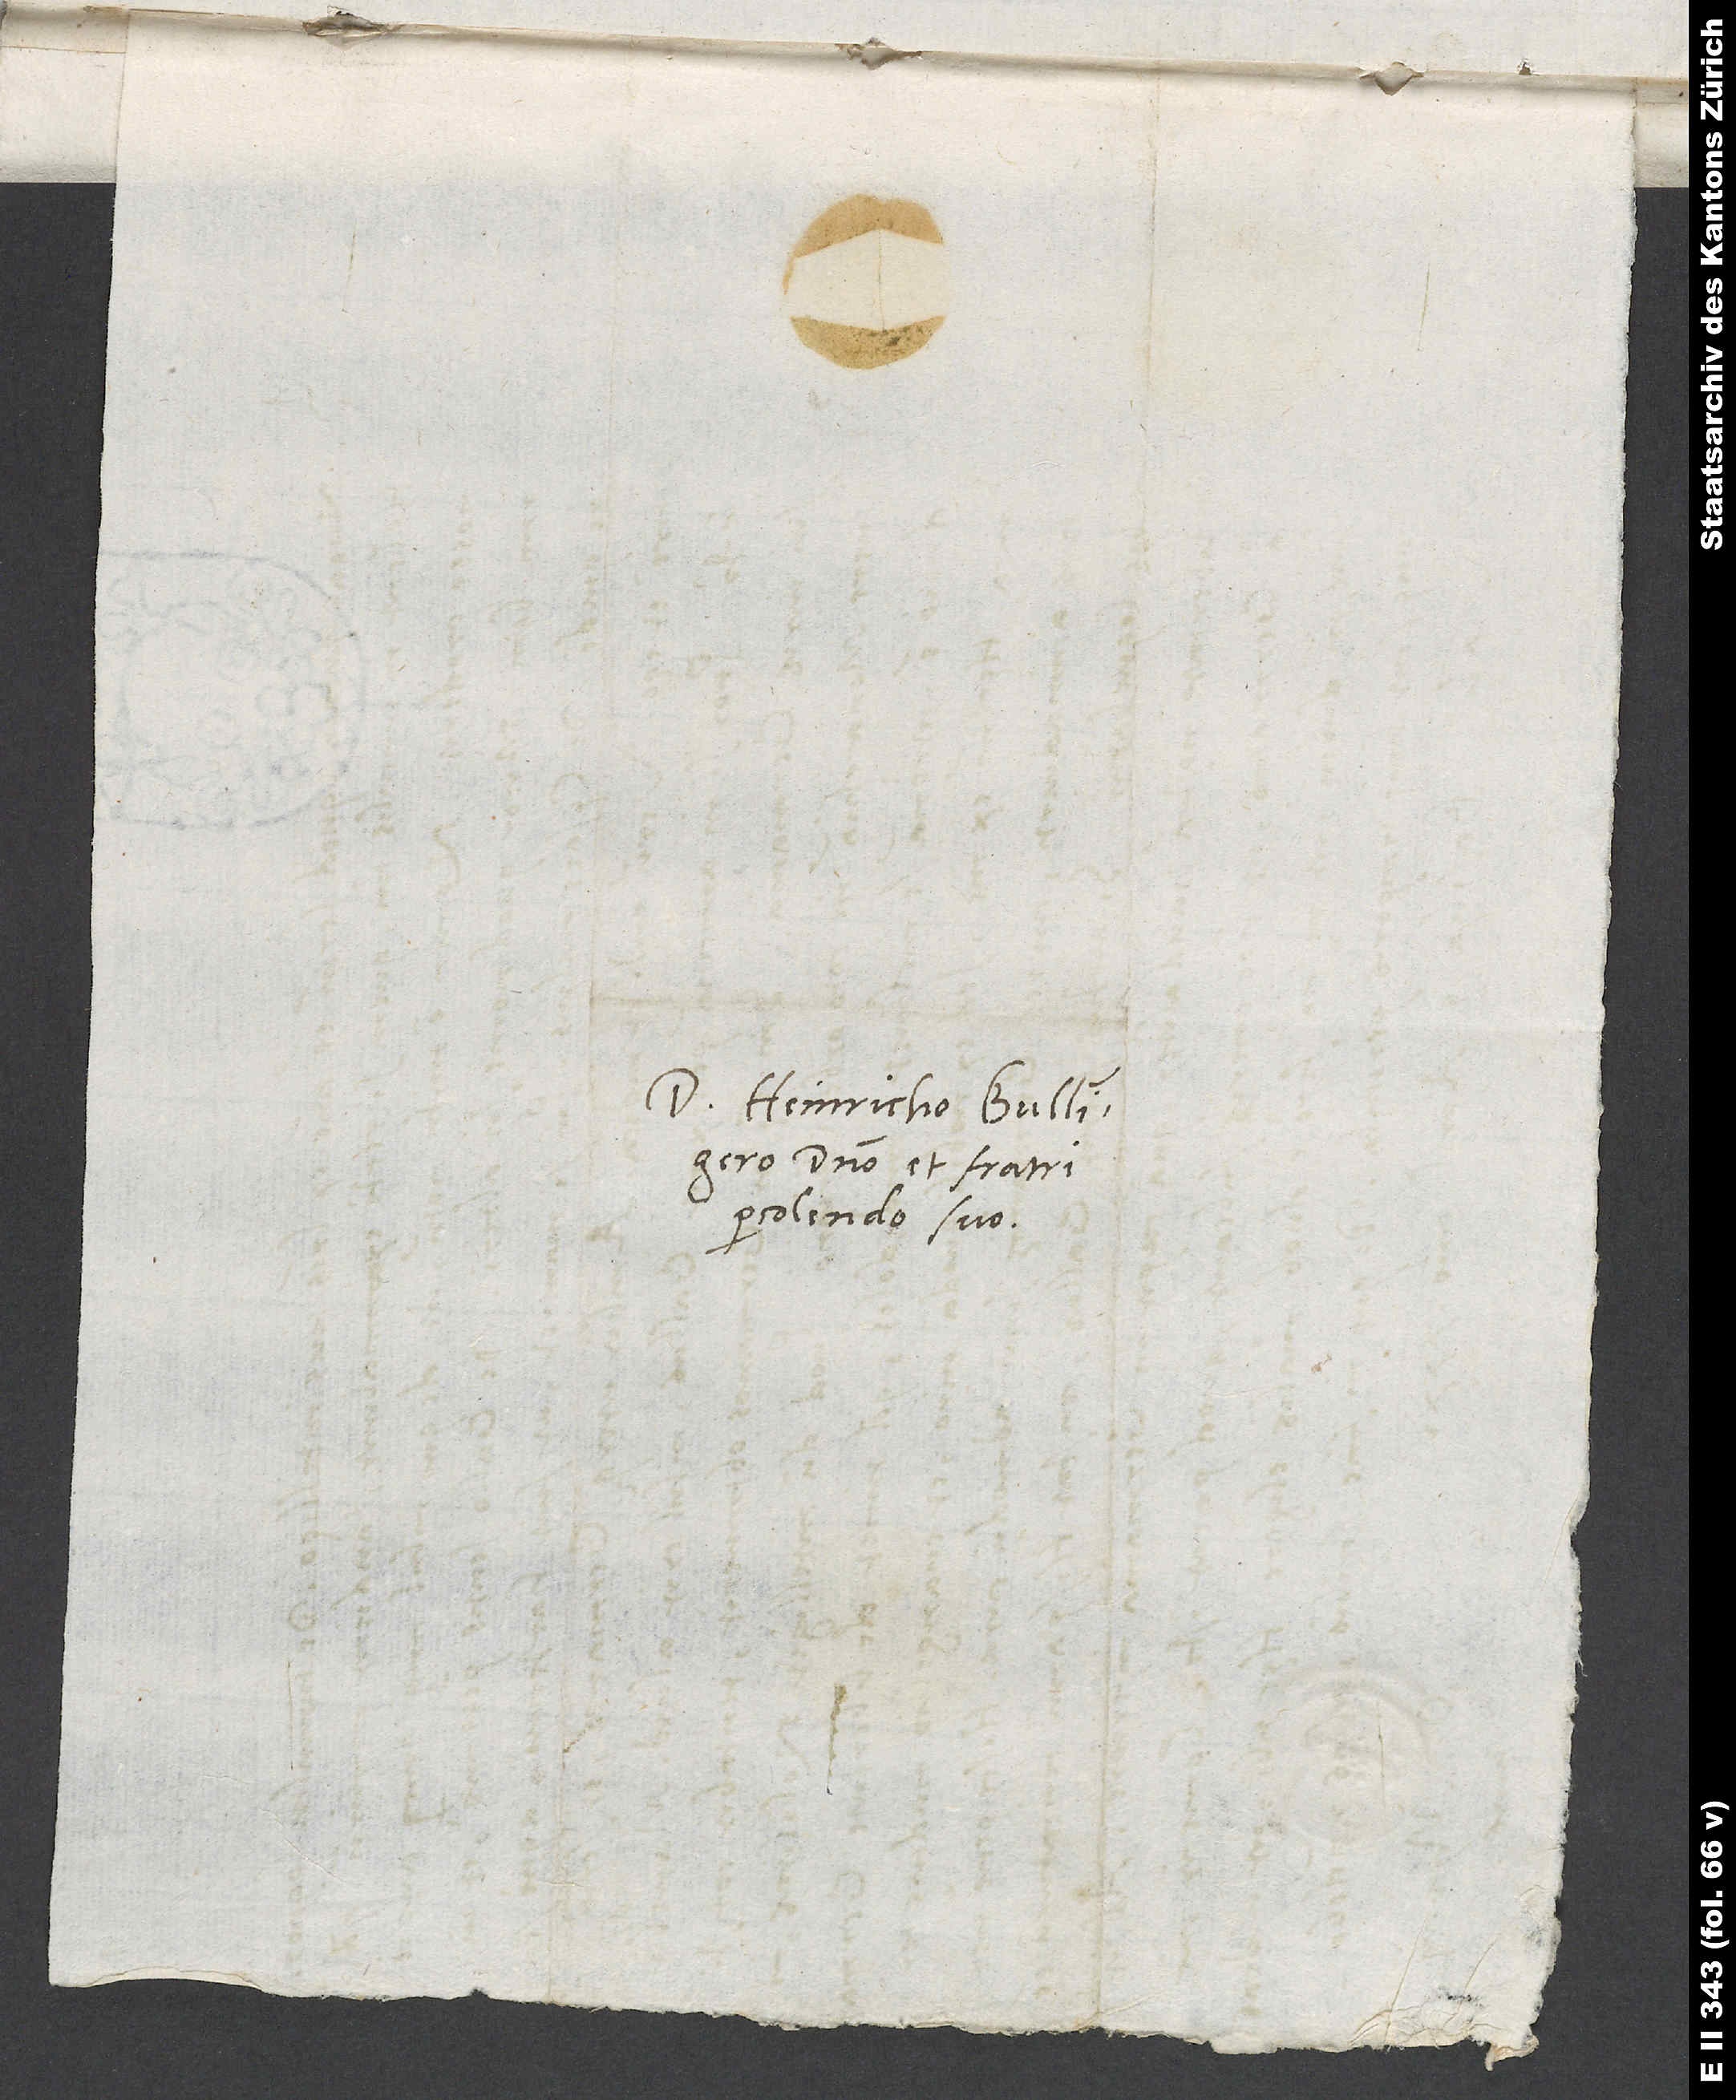
Domino Heinricho Bullingero,
domino et fratri
percolendo suo.